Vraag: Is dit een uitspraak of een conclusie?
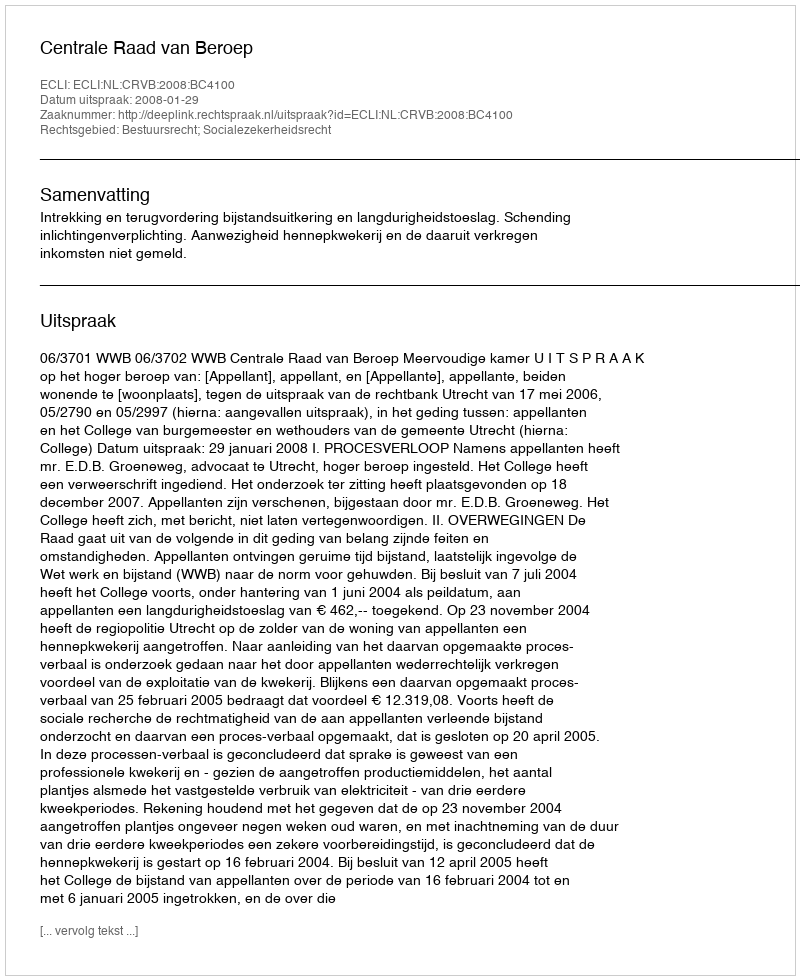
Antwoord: Uitspraak